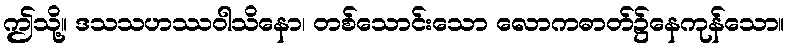
ဤသို့။ ဒသသဟဿဝါသိနော၊ တစ်သောင်းသော လောကဓာတ်၌နေကုန်သော။